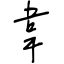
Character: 韋